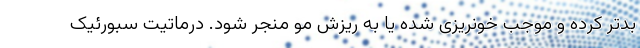
بدتر کرده و موجب خونریزی شده یا به ریزش مو منجر شود. درماتیت سبورئیک